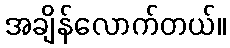
အချိန်လောက်တယ်။